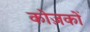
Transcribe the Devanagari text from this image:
कोज़कों